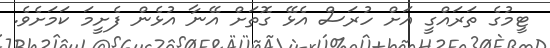
ޓީމުގެ ތަރައްގީ އަށް ހުރަސް އެޅޭ ގޮތަށް އޭނާ އުޅެން ފެށީމަ ކަމަށެވެ.